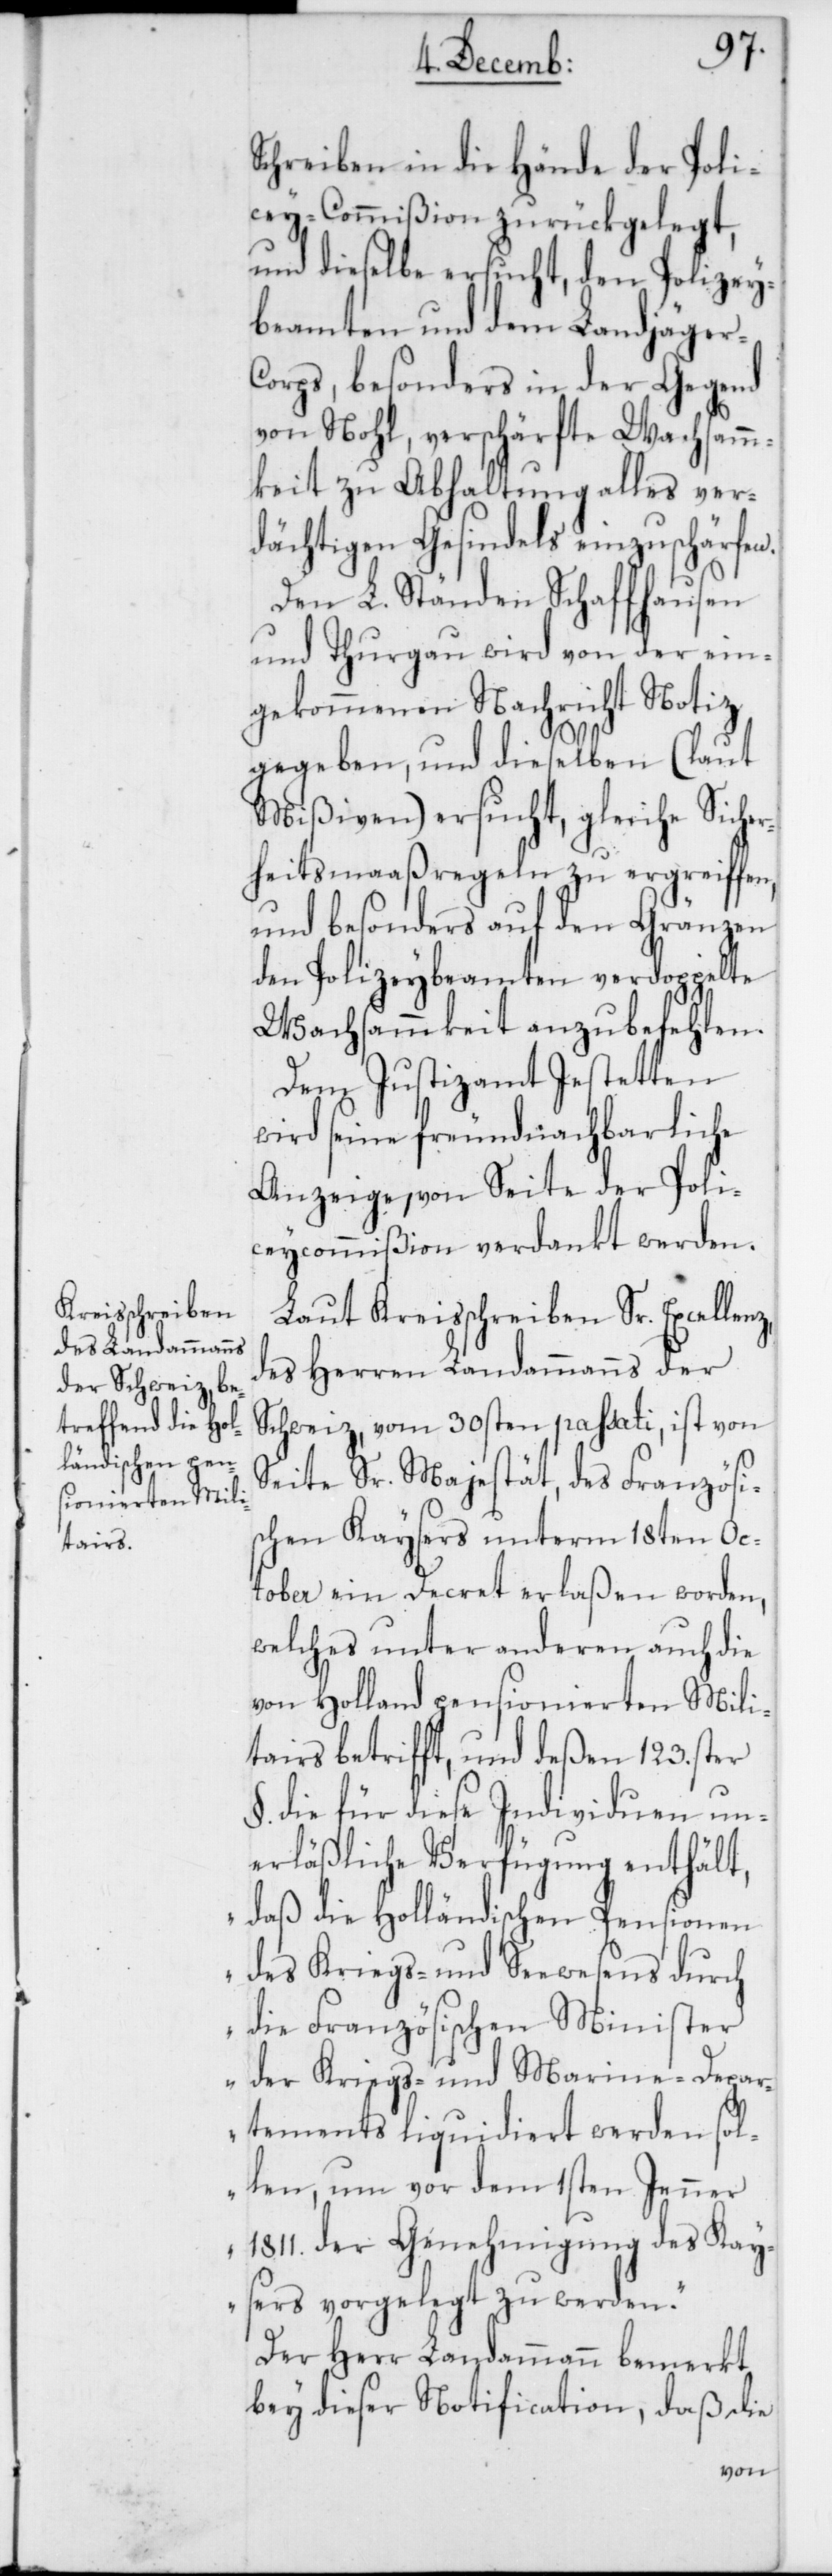
Schreiben in die Hände der Poli¬
zey-Commißion zurükgelegt,
und dieselbe ersucht, den Polizey¬
beamten und dem Landjäger¬
corps, besonders in der Gegend
von Nohl, verschärfte Wachsamm¬
keit zu Abhaltung alles ver¬
dächtigen Gesindels einzuschärfen.
Den L. Ständen Schaffhausen
und Thurgau wird von der ein¬
gekommenen Nachricht Notiz
gegeben, und dieselben (laut
Mißiven) ersucht, gleiche Sicher¬
heitsmaaßregeln zu ergreiffen,
und besonders auf den Gränzen
den Polizeybeamten verdoppelte
Wachsammkeit anzubefehlen.
Dem Justizamt Jesetten
wird seine freundnachbarliche
Anzeige von Seite der Poli¬
ceycommißion verdankt werden.
Laut Kreisschreiben Sr. Excellenz,
des Herren Landammanns der
Schweiz, vom 30sten passati, ist von
Seite Sr. Majestät, des Französi¬
schen Kaysers unterm 18ten Oc¬
tober ein Decret erlaßen worden,
welches unter anderen auch die
von Holland pensionierten Mili¬
tairs betrifft, und deßen 123.ster
§. die für diese Individuen un¬
erläßliche Verfügung enthält,
„daß die Holländischen Pensionen
des Kriegs- und Seewesens durch
die Französischen Minister
der Kriegs- und Marine-Depar¬
tements liquidiert werden sol¬
len, um vor dem 1sten Jenner
1811. der Genehmigung des Kay¬
sers vorgelegt zu werden“.
Der Herr Landammann bemerkt
bey dieser Notification, daß die